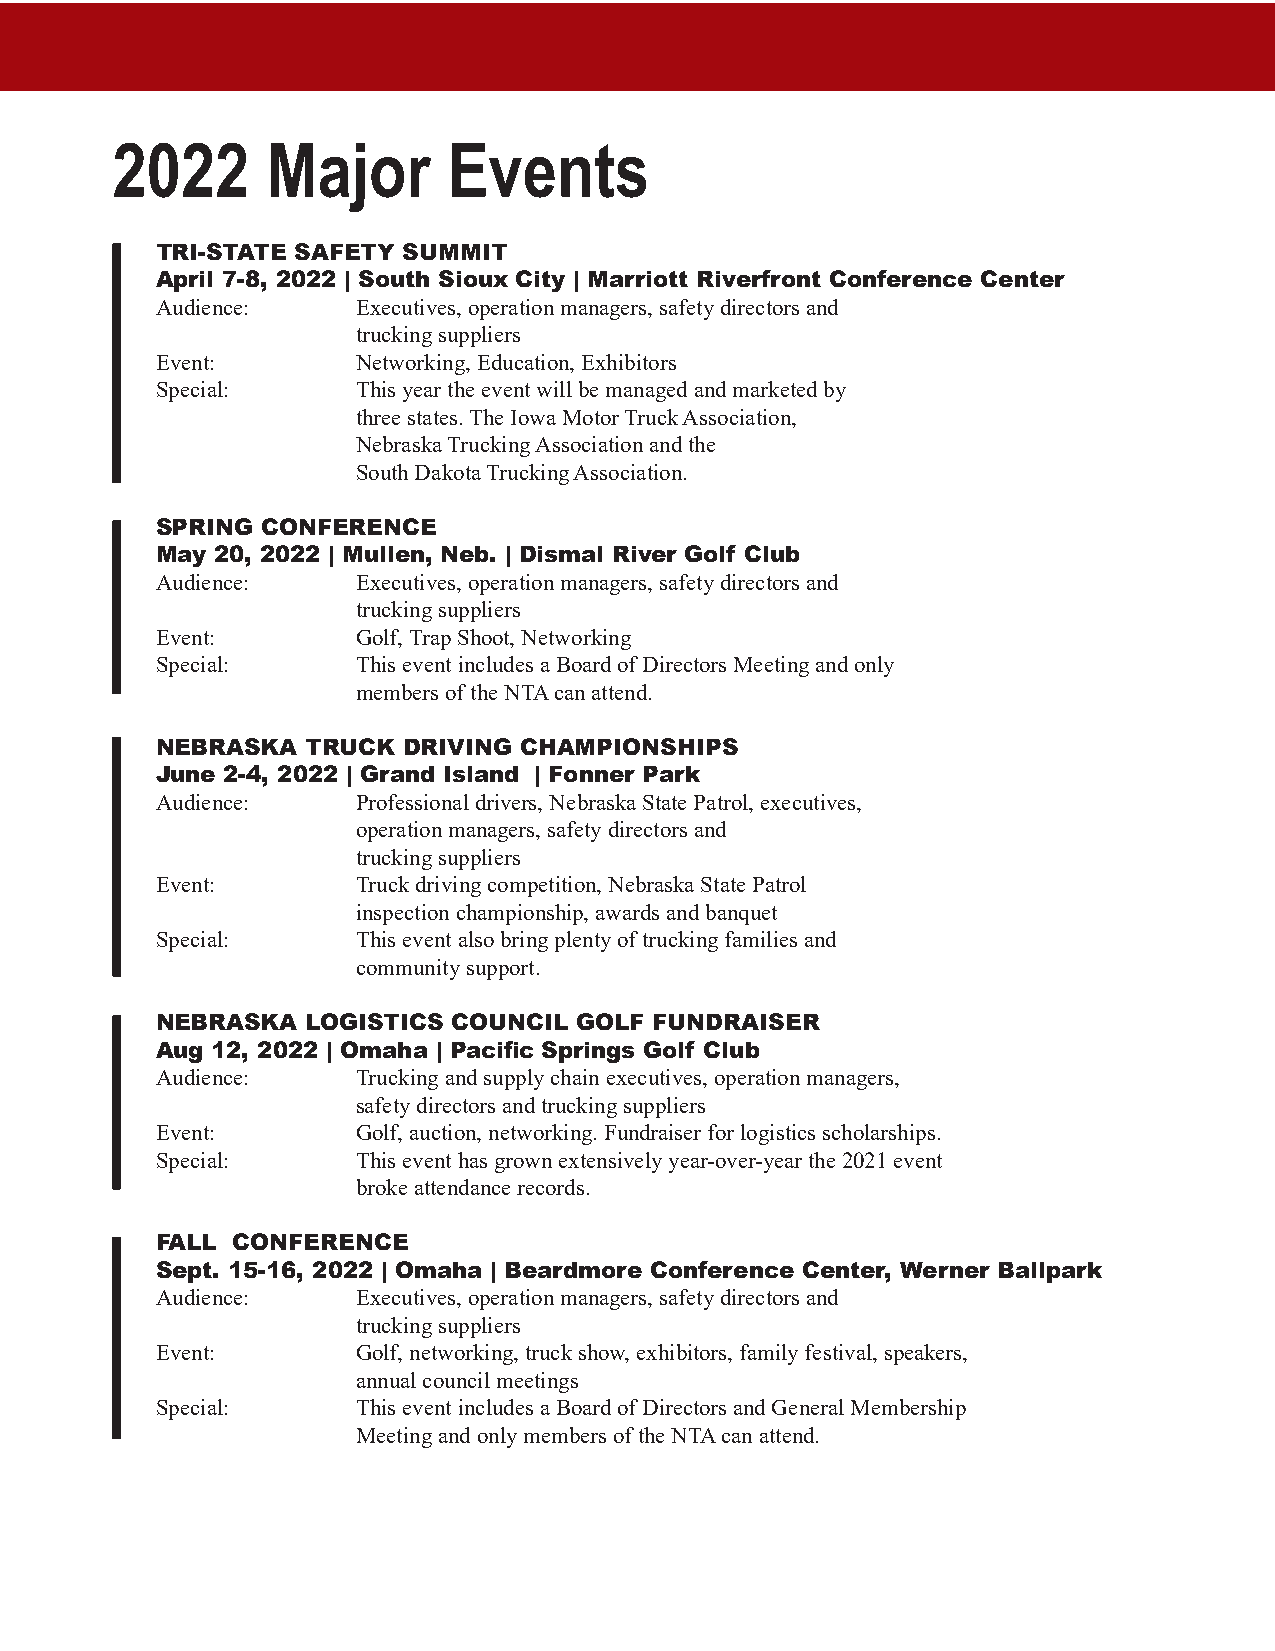
2022       Major       Events
 TRI-STATE SAFETY SUMMIT
 April 7-8, 2022 | South Sioux City | Marriott Riverfront Conference Center
 Audience:     Executives, operation managers, safety directors and
 trucking suppliers
 Event:        Networking, Education, Exhibitors
 Special:      This year the event will be managed and marketed by
 three states. The Iowa Motor Truck Association,
 Nebraska Trucking Association and the
 South Dakota Trucking Association.
 SPRING CONFERENCE
 May 20, 2022 | Mullen, Neb. | Dismal River Golf Club
 Audience:     Executives, operation managers, safety directors and
 trucking suppliers
 Event:        Golf, Trap Shoot, Networking
 Special:      This event includes a Board of Directors Meeting and only
 members of the NTA can attend.
 NEBRASKA  TRUCK  DRIVING CHAMPIONSHIPS
 June 2-4, 2022 | Grand Island | Fonner Park
 Audience:     Professional drivers, Nebraska State Patrol, executives,
 operation managers, safety directors and
 trucking suppliers
 Event:        Truck driving competition, Nebraska State Patrol
 inspection championship, awards and banquet
 Special:      This event also bring plenty of trucking families and
 community support.
 NEBRASKA  LOGISTICS COUNCIL GOLF FUNDRAISER
 Aug 12, 2022 | Omaha | Pacific Springs Golf Club
 Audience:     Trucking and supply chain executives, operation managers,
 safety directors and trucking suppliers
 Event:        Golf, auction, networking. Fundraiser for logistics scholarships.
 Special:      This event has grown extensively year-over-year the 2021 event
 broke attendance records.
 FALL CONFERENCE
 Sept. 15-16, 2022 | Omaha | Beardmore Conference Center, Werner Ballpark
 Audience:     Executives, operation managers, safety directors and
 trucking suppliers
 Event:        Golf, networking, truck show, exhibitors, family festival, speakers,
 annual council meetings
 Special:      This event includes a Board of Directors and General Membership
 Meeting and only members of the NTA can attend.